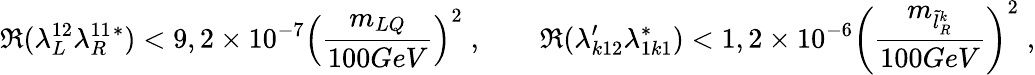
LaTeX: \Re(\lambda_{L}^{12}\lambda_{R}^{11}{}^{*})<9,2\times 10^{-7}\left(\frac{m_{LQ}}{100GeV}\right)^{2}\; ,\qquad\Re(\lambda_{k12}^{\prime}\lambda_{1k1}^{*})<1,2\times 10^{-6}\left(\frac{m_{\tilde{l}_{R}^{k}}}{100GeV}\right)^{2}\; ,